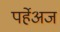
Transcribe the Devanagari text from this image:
पर्हेअज